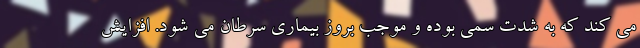
می کند که به شدت سمی بوده و موجب بروز بیماری سرطان می شود. افزايش